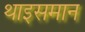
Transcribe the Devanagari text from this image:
थाइसमान